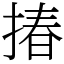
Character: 𢰦